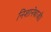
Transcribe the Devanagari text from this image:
निशानेबाजी।